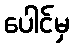
ပေါင်မှ